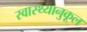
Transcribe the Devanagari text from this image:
स्वास्थ्यानुकूल